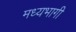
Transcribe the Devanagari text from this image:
मध्‍यभागी